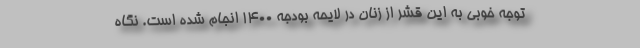
توجه خوبی به این قشر از زنان در لایحه بودجه ۱۴۰۰ انجام شده است. نگاه